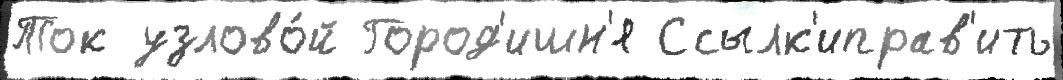
Ток узлово́й Город'ишн'я Ссылк'иправ'ить